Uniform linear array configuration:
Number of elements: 4
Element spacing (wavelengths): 0.5
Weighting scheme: binomial
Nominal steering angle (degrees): -30
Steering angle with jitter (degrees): -29.308
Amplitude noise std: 0.05
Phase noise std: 0.05

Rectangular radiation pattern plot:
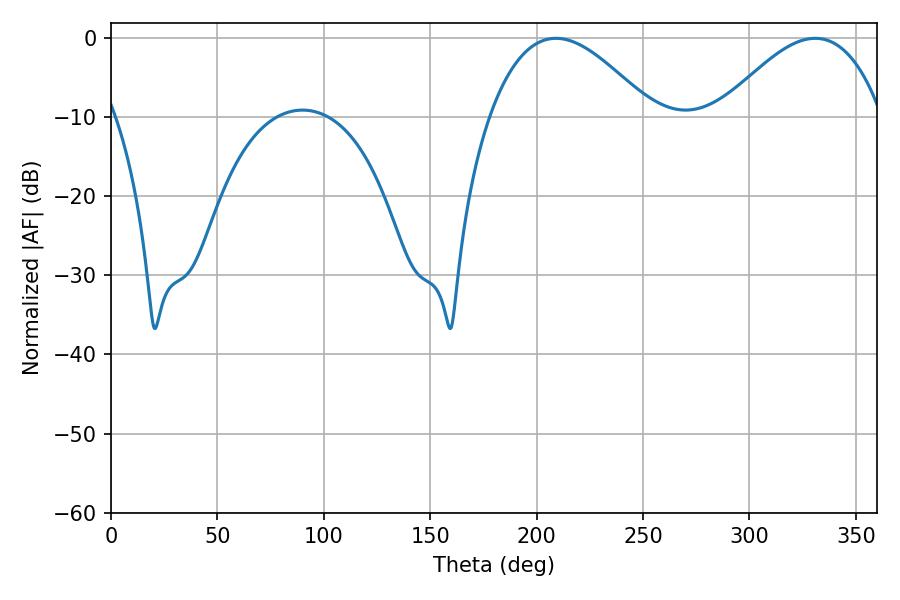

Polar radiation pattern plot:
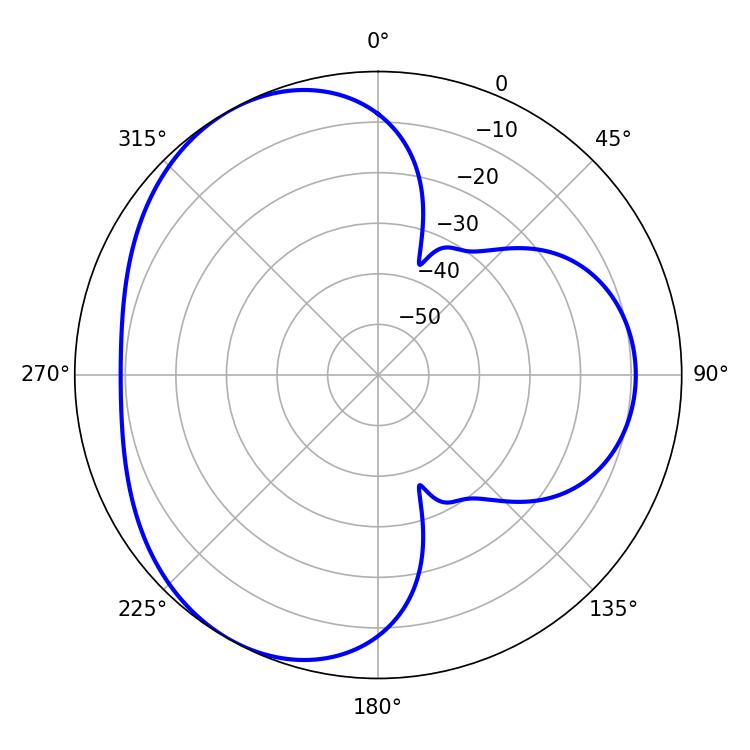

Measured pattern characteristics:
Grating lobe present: FALSE
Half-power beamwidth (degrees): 41.58
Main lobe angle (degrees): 209.16